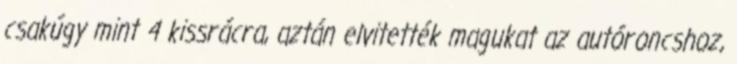
csakúgy mint 4 kissrácra, aztán elvitették magukat az autóroncshoz,